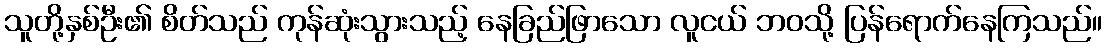
သူတို့နှစ်ဦး၏ စိတ်သည် ကုန်ဆုံးသွားသည့် နေခြည်ဖြာသော လူငယ် ဘဝသို့ ပြန်ရောက်နေကြသည်။